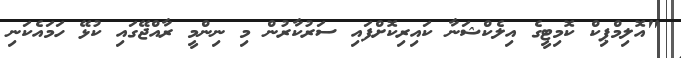
"އޮލިމްޕިކް ކޮމިޓީގެ އިލެކްޝަނާ ކައިރިކޮށްފައި ސަރުކާރުން މި ނިންމީ ރާއްޖޭގައި ކުޅޭ ހަމައެކަނި